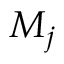
M _ { j }